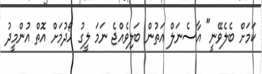
ކަމަށް ބެލެވޭނީ" އާސެނަލް އަތުން ބަލިވެއްޖެ ނަމަ ލީގު ހޯދުމަށް އޮތް އުންމީދު